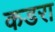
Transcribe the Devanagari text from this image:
कडरा